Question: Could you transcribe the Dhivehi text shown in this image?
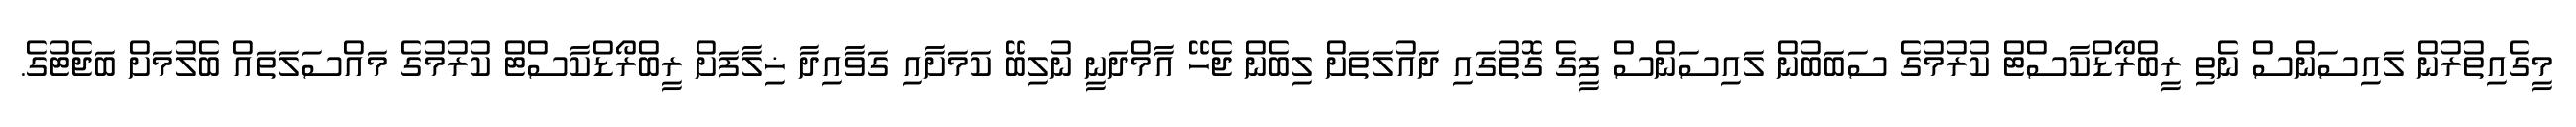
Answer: މީގެއިތުރުން ލައިސަންސް ނެތި ރީބްރޯޑްކާސްޓް ކުރުމުގެ ސަބަބުން ލައިސަންސް ފީގެ ގޮތުގައި ދައުލަތަށް ލިބެން ޖެހޭ އާމްދަނީ ނުލިބޭ ކަމަށާއި ގަވާއިދާ ޚިލާފަށް ރީބްރޯޑްކާސްޓް ކުރުމުގެ މައްސަލަތައް ބެލުމަށް ބަޖެޓުގެ.